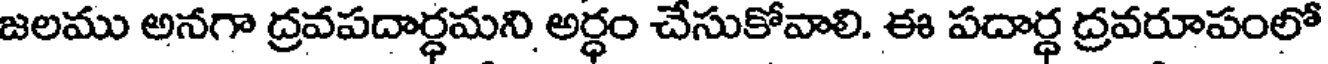
జలము అనగా ద్రవపదార్ధమని అర్ధం చేసుకోవాలి. ఈ పదార్ధ ద్రవరూపంలో